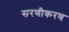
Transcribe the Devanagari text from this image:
सरणीकरण